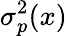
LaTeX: \sigma_{p}^{2}(x)